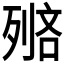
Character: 𠞺